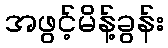
အဖွင့်မိန့်ခွန်း